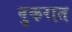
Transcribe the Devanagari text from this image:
वुकरात